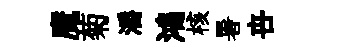
魔菊灂鴻核暑卋